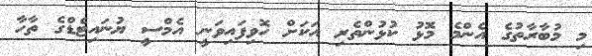
މި މުބާރާތުގެ އެންމެ މޮޅު ކުޅުންތެރި އަކަށް ހޮވިފައިވަނީ އެމްސީ ޔުނައިޓެޑްގެ ތާހާ